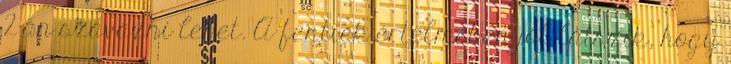
2-án szavazni lehet. A fentiek értelmében jól látszik, hogy